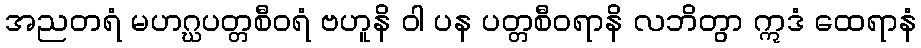
အညတရံ မဟဂ္ဃပတ္တစီဝရံ ဗဟူနိ ဝါ ပန ပတ္တစီဝရာနိ လဘိတွာ ဣဒံ ထေရာနံ